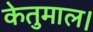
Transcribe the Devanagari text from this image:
केतुमाल।